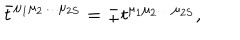
\bar { t } ^ { \mu _ { 1 } \mu _ { 2 } \ldots \mu _ { 2 S } } = \pm t ^ { \mu _ { 1 } \mu _ { 2 } \ldots \mu _ { 2 S } } ,